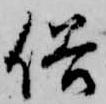
俗